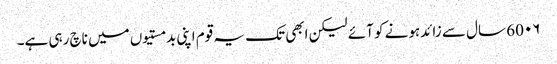
60۰۶ سال سے زائدہونے کو آئے لیکن ابھی تک یہ قوم اپنی بدمستیوں میں ناچ رہی ہے۔